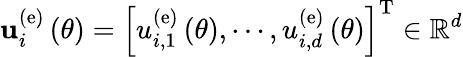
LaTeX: {\mathbf u}_{i}^{\left(\mathrm{e}\right)}\left(\theta\right)=\left[u_{i,1}^{\left(\mathrm{e}\right)}\left(\theta\right),\cdots,u_{i,d}^{\left(\mathrm{e}\right)}\left(\theta\right)\right]^{\mathrm{T}}\in\mathbb{R}^{d}